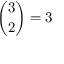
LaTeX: { \binom { 3 } { 2 } } = 3